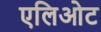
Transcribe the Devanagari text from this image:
एलिओट